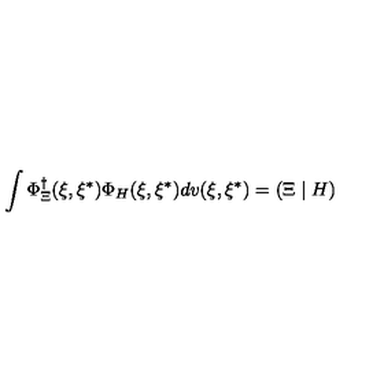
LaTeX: \int \Phi _ { \Xi } ^ { \dagger } ( \xi , \xi ^ { * } ) \Phi _ { H } ( \xi , \xi ^ { * } ) d v ( \xi , \xi ^ { * } ) = \left( \Xi \mid H \right)